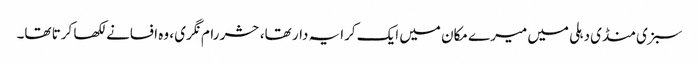
سبزی منڈی دہلی میں میرے مکان میں ایک کرایہ دار تھا، حشر رام نگری ، وہ افسانے لکھا کرتا تھا۔